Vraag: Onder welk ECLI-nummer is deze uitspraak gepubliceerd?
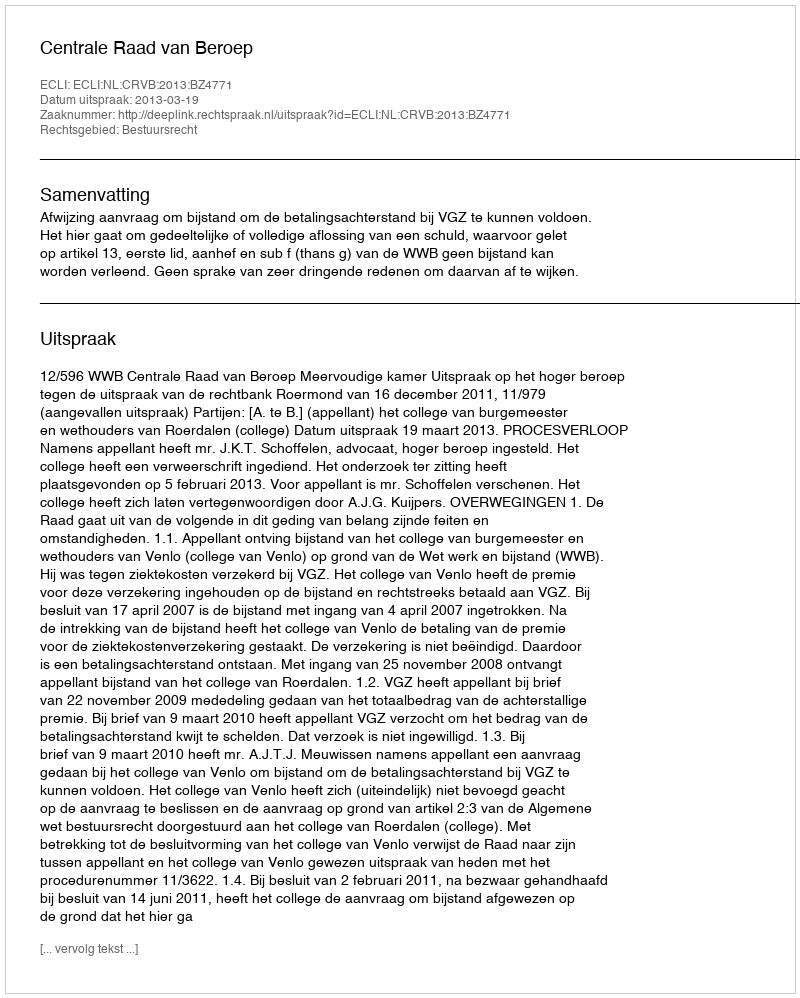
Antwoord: ECLI:NL:CRVB:2013:BZ4771